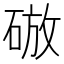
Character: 𥓴